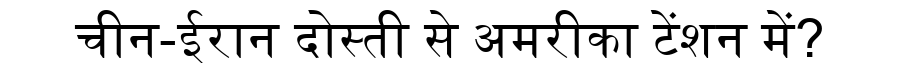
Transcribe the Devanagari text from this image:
चीन-ईरान दोस्ती से अमरीका टेंशन में?